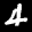
Label: 4